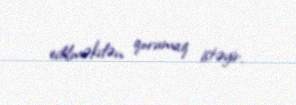
edilməkdən qorumaq istəyir.